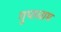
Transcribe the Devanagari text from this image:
गुप्तधाम